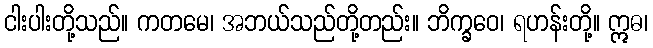
ငါးပါးတို့သည်။ ကတမေ၊ အဘယ်သည်တို့တည်း။ ဘိက္ခဝေ၊ ရဟန်းတို့။ ဣဓ၊